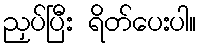
ညှပ်ပြီး ရိတ်ပေးပါ။